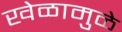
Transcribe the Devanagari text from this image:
खेळामुळे